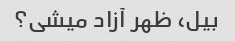
بیل، ظهر آزاد میشی؟